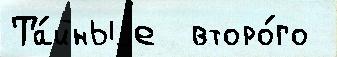
Та́йныjе  второ́го